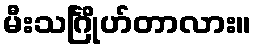
မီးသင်္ဂြိုဟ်တာလား။